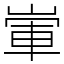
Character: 㟦